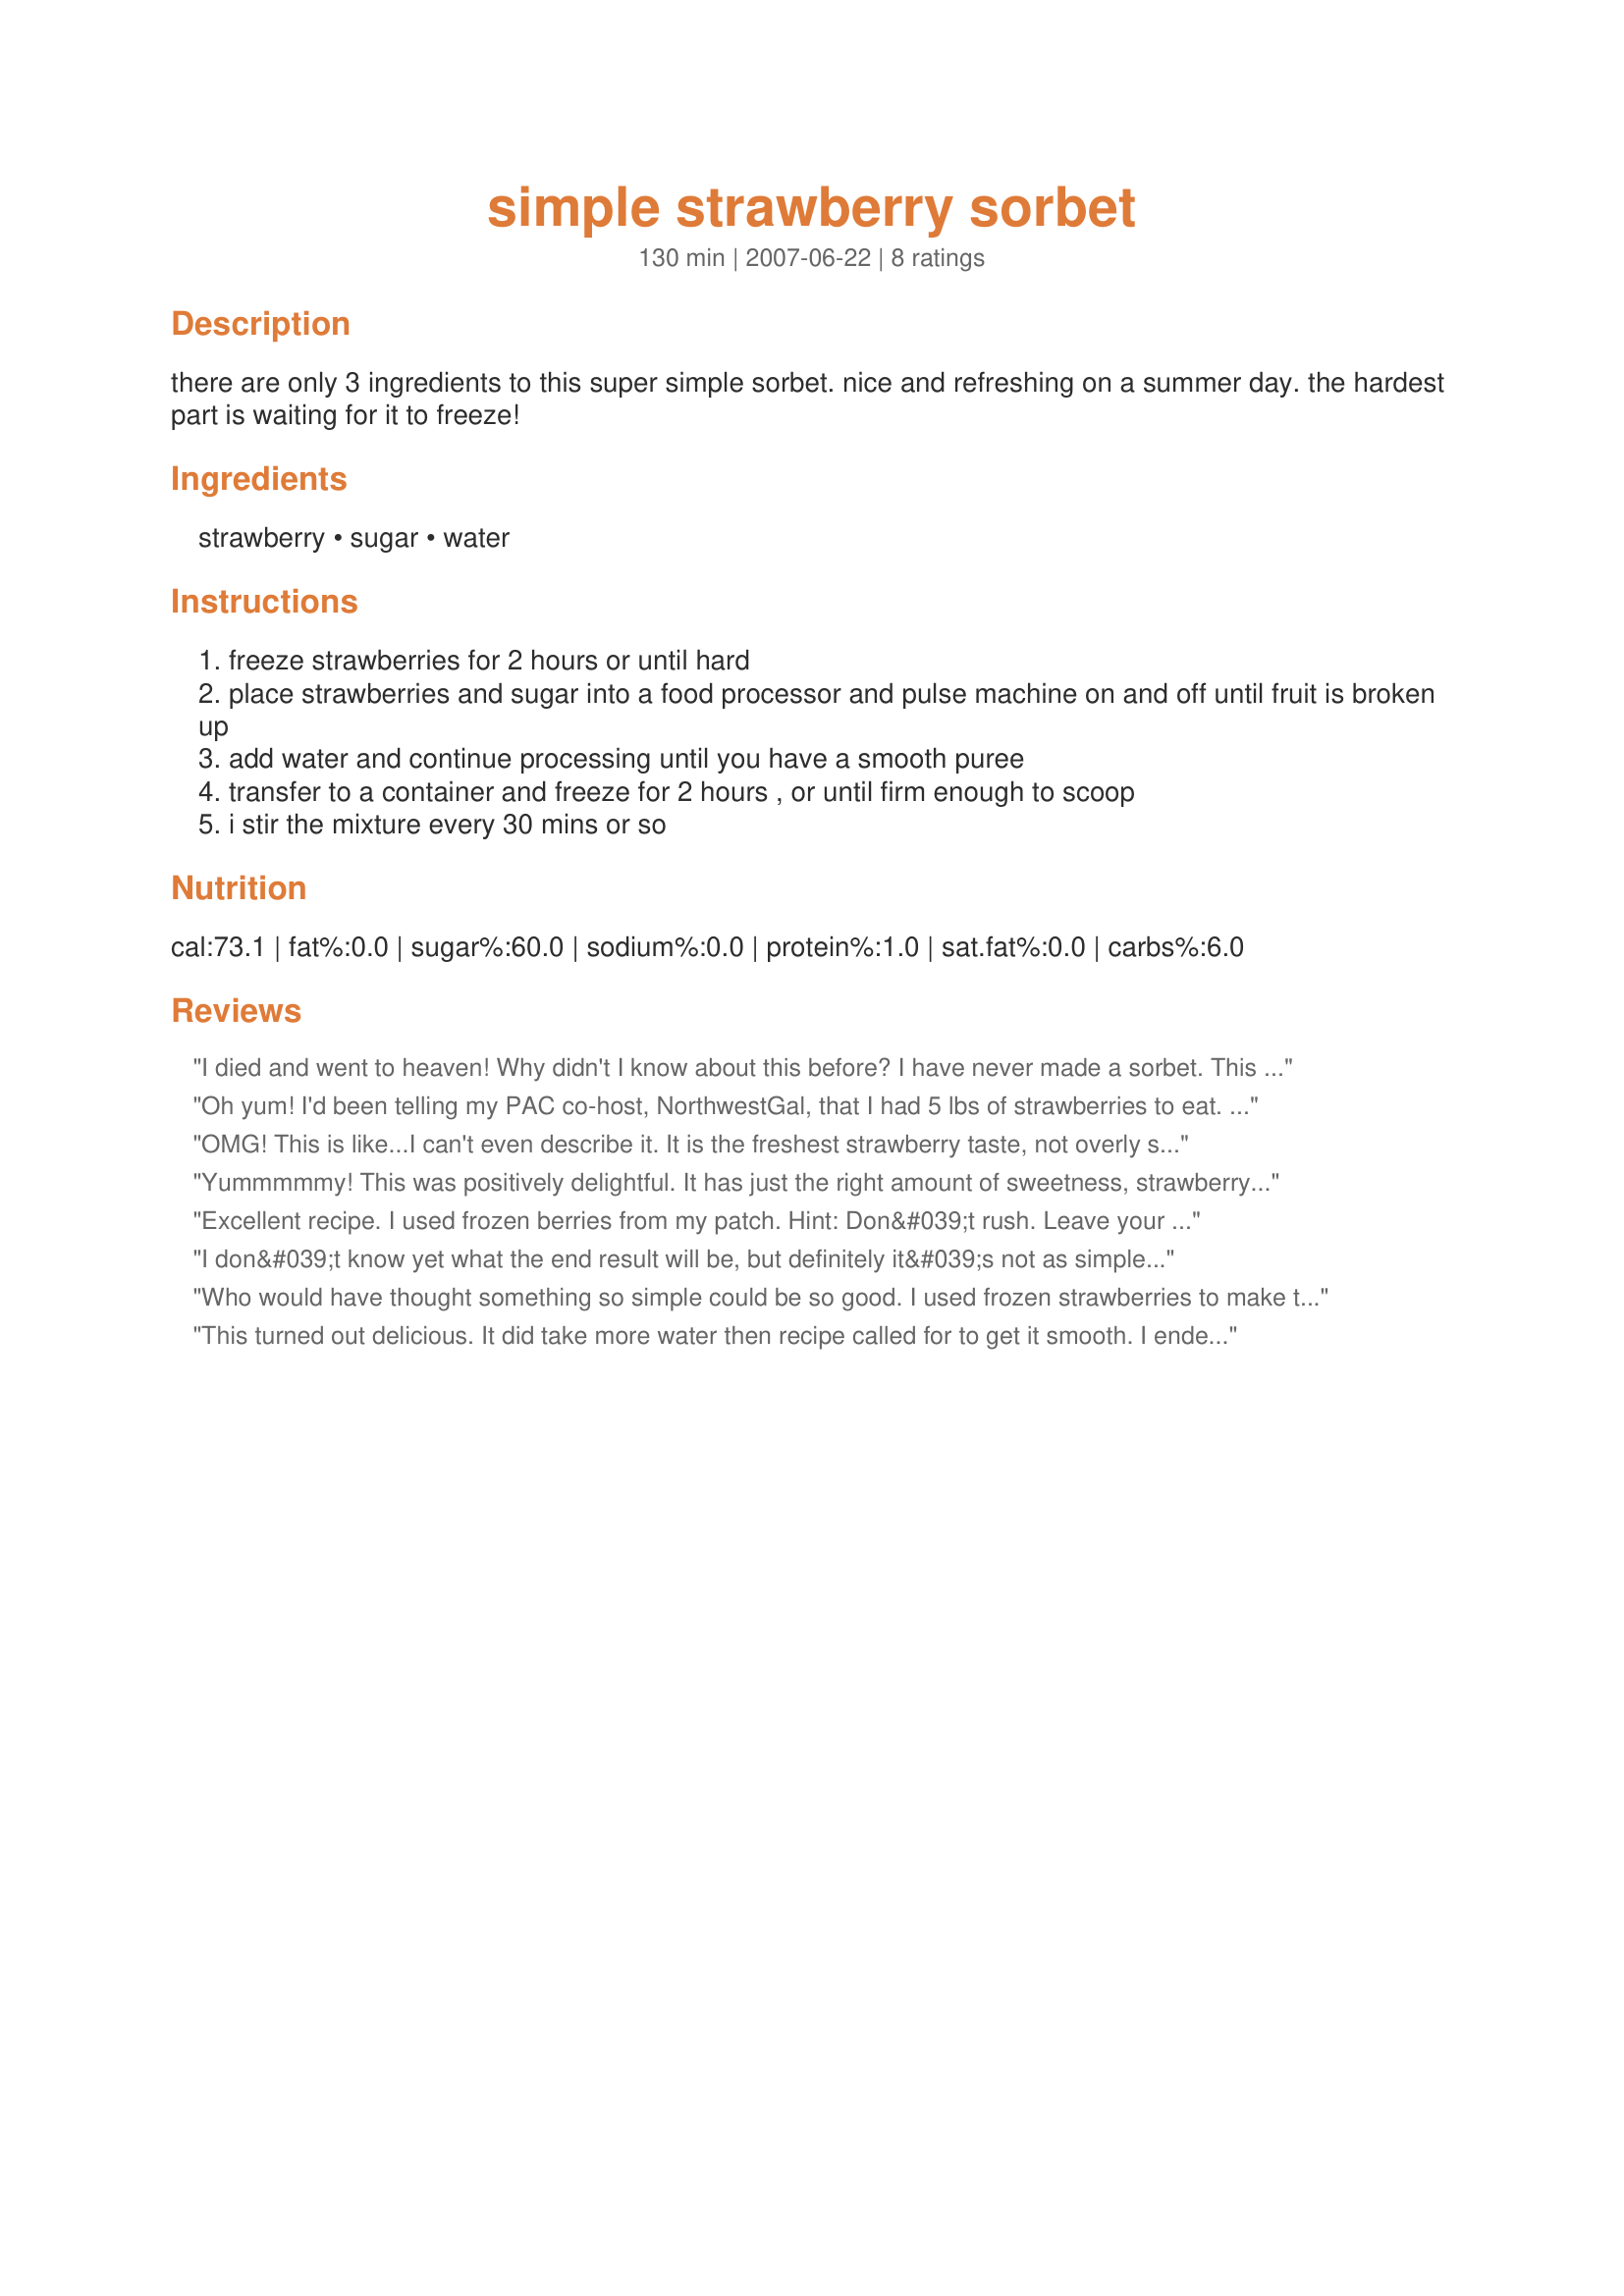
simple strawberry sorbet
Preparation time: 130 minutes

there are only 3 ingredients to this super simple sorbet. nice and refreshing on a summer day. the hardest part is waiting for it to freeze!

Ingredients:
strawberry, sugar, water

Steps:
freeze strawberries for 2 hours or until hard
place strawberries and sugar into a food processor and pulse machine on and off until fruit is broken up
add water and continue processing until you have a smooth puree
transfer to a container and freeze for 2 hours , or until firm enough to scoop
i stir the mixture every 30 mins or so

Reviews:
I died and went to heaven! Why didn't I know about this before? I have never made a sorbet. This is wonderful! I used agave nectar instead of sugar. YUM. What a wonderful dessert! I like this alot better than Ice cream. It definitely hits the spot when I am craving something sweet. And so natural and low in calories, you don;t even have to feel guilty about it! Thanks
Oh yum! I'd been telling my PAC co-host, NorthwestGal, that I had 5 lbs of strawberries to eat. She had just made this recipe & suggested I try it too. My family actually laughed at how easy it was to make & then you should have seen their faces when I said it had to freeze again before eating! LOL We really enjoyed this treat. It was refreshing, just sweet enough to satisfy the dessert craving & it was so light that we could eat it after a full meal without feeling like we over did it. We'll be making this recipe a lot during our 100 degree summers. Thanks to NwG for recommending & thanks to ScrappieDoo for sharing! :)
OMG! This is like...I can't even describe it. It is the freshest strawberry taste, not overly sweet and yet very satisfying. It is a strawberry rush! I can honestly say this is the best thing I have made in my ice cream machine. I followed all the steps until freezing and then put it in the ice cream machine and it was sorbet in 25 min. Thanks for such a wonderful, low cal treat!
Yummmmmy! This was positively delightful. It has just the right amount of sweetness, strawberry flavor, and light texture to contend with those gourmet sorbets that are served at upscale restaurants . And it is so easy to make---only 3 ingredients and a few seconds in the food processor (followed by freezing time, of course). This was a big hit in my house. And it was very much the perfect ending to top off our family dinner. Thank you for sharing this recipe, ScrappieDoo. Made for 2009 Spring Pick-A-Chef.
Excellent recipe. I used frozen berries from my patch. Hint: Don&#039;t rush. Leave your processor running until mixture is very smooth, no lumps!
I plan to try this with my frozen blackberries and raspberries. It may work with frozen peach or pear chunks, too.
I don&#039;t know yet what the end result will be, but definitely it&#039;s not as simple as the recipe claims.
I used frozen strawberries and the indicated amount of sugar, bur 1/4 cup of water didn&#039;t quite do it. I added 1/4 C more and still it doesn&#039;t even remotely look like a smooth pure... It is clumps of frozen sugar-coated strawberries.
I will put in the freezer nonetheless because it makes no sense to waste 1 qt strawberries... But I feel like some extra input is missing from the recipe.
Who would have thought something so simple could be so good. I used frozen strawberries to make this. Nothing could be easier. I'll be making this again. Made for PRMR tag.
This turned out delicious. It did take more water then recipe called for to get it smooth. I ended up using 3/4 cup of water and I added 1 tablespoon of lemon juice. I just put it in a bowl and let it freeze the reat of the way. came out perfect.
